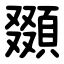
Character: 䫎